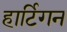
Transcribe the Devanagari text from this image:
हार्टिगन